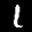
Label: 1